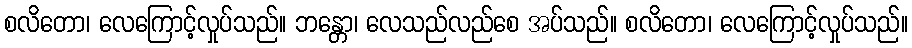
စလိတော၊ လေကြောင့်လှုပ်သည်။ ဘန္တော၊ လေသည်လည်စေ အပ်သည်။ စလိတော၊ လေကြောင့်လှုပ်သည်။